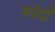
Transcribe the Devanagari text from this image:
स्‍पंदों